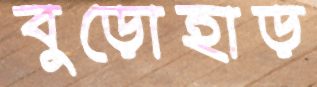
বুড়োহাড়